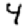
Digit: 4